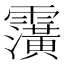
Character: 𮦹